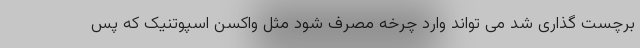
برچست گذاری شد می تواند وارد چرخه مصرف شود مثل واکسن اسپوتنیک که پس